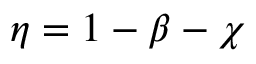
\eta = 1 - \beta - \chi